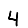
Digit: 4